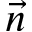
\vec { n }